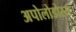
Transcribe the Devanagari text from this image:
अपोलोडोरस